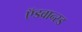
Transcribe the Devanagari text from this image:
ऍडवान्स्ड